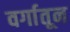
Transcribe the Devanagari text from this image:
वर्गातून